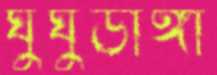
ঘুঘুডাঙ্গা